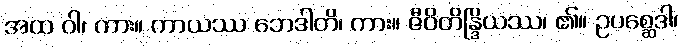
အထ ဝါ၊ ကား။ ကာယဿ ဘေဒါတိ၊ ကား။ ဇီဝိတိန္ဒြိယဿ၊ ၏။ ဥပစ္ဆေဒါ၊